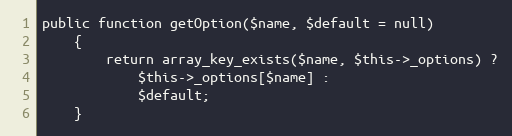
Language: PHP
public function getOption($name, $default = null)
    {
        return array_key_exists($name, $this->_options) ?
            $this->_options[$name] :
            $default;
    }